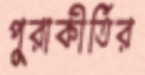
পুরাকীর্তির